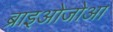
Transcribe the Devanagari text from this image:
ब्राइओजोआ